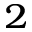
^ { 2 }